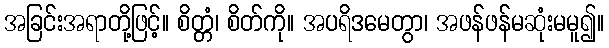
အခြင်းအရာတို့ဖြင့်။ စိတ္တံ၊ စိတ်ကို။ အပရိဒမေတွာ၊ အဖန်ဖန်မဆုံးမမူ၍။